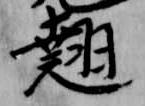
翹